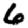
Digit: 6